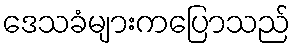
ဒေသခံများကပြောသည်